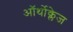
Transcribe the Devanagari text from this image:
ऑर्थोक्लेज